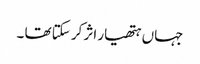
جہاں ہتھیار اثر کر سکتا تھا ۔